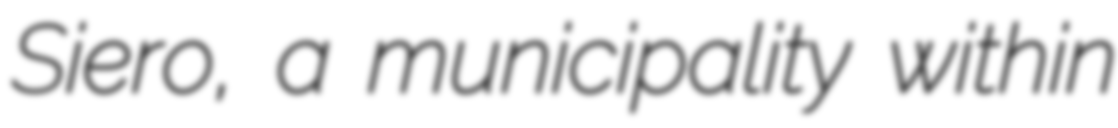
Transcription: Siero, a municipality within